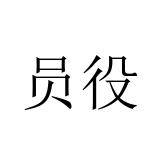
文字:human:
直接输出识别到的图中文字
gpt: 员役